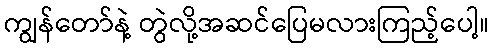
ကျွန်တော်နဲ့ တွဲလို့အဆင်ပြေမလားကြည့်ပေါ့။